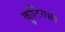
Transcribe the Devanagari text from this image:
कुटियाल